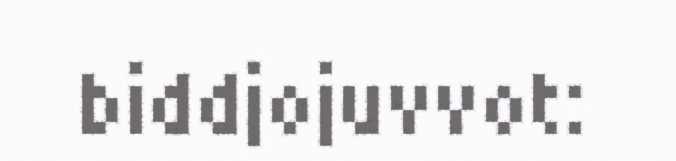
biddjojuvvot: